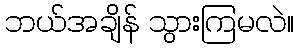
ဘယ်အချိန် သွားကြမလဲ။